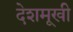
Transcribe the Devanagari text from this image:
देशमूखी